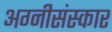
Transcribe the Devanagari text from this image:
अग्नीसंस्कार